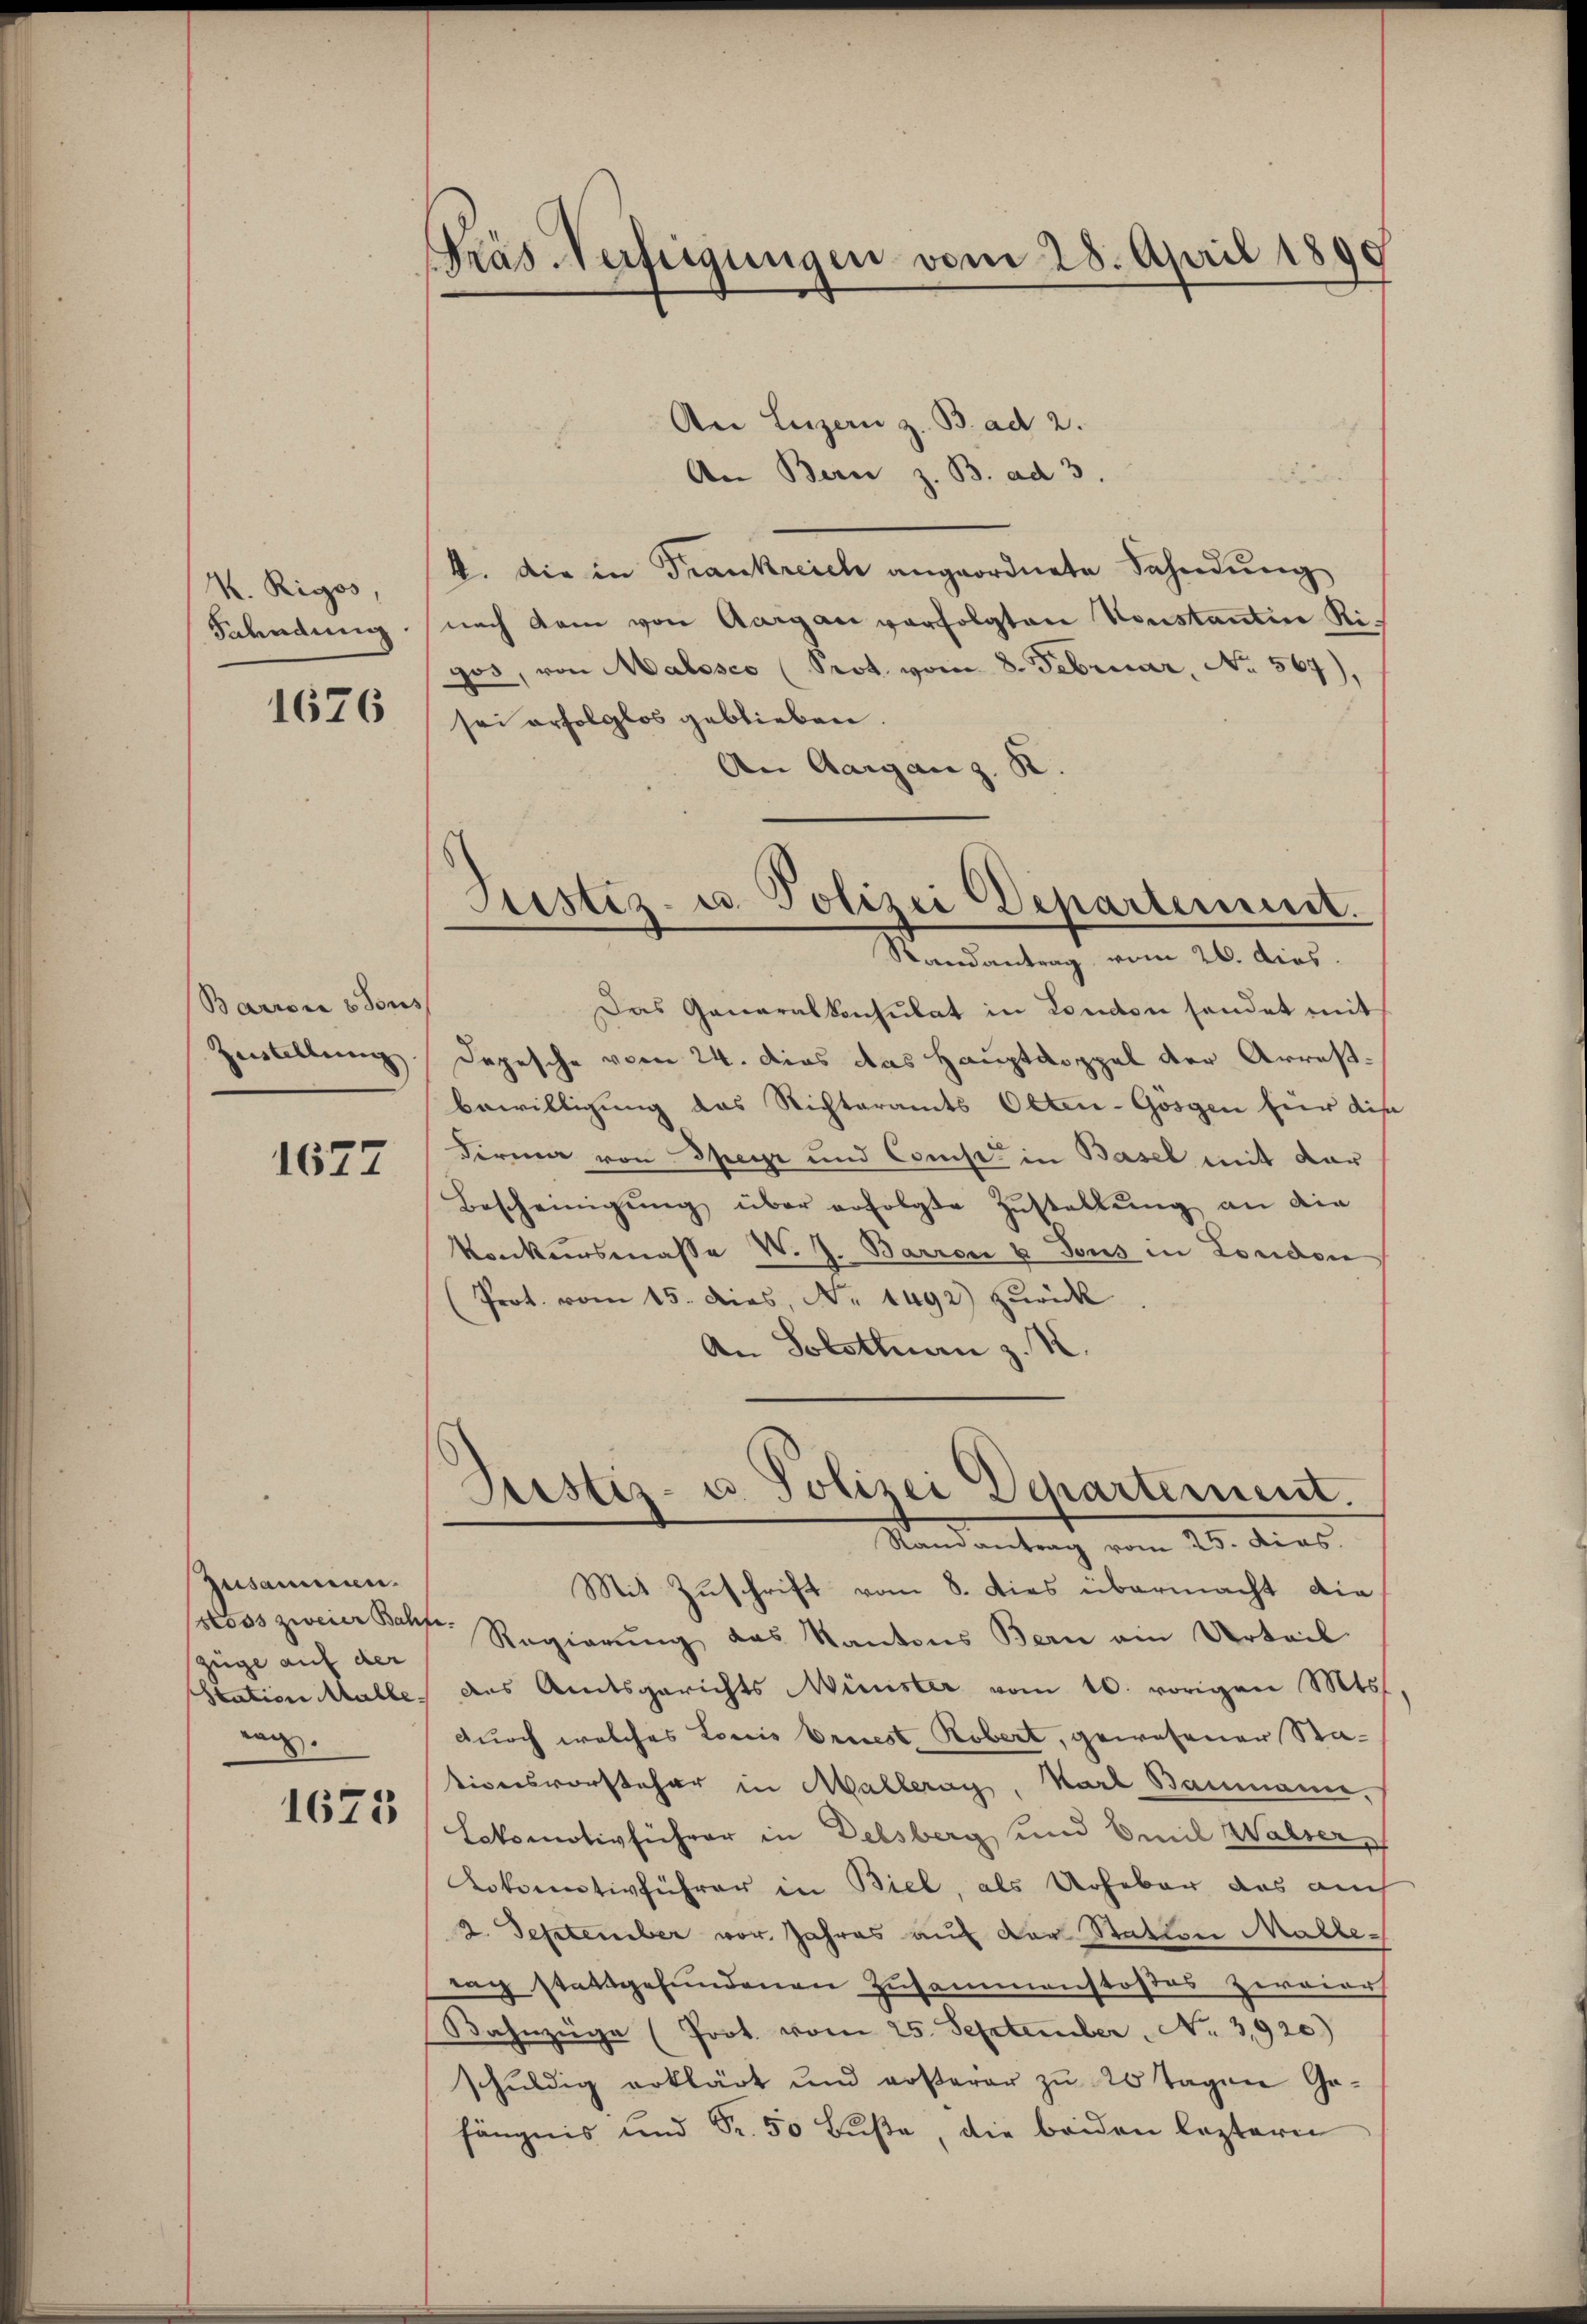
K. Rigos,
Fahndung.

1676

Barror 8 Tous
Zustellung

1627

Zusammen.
Züge auf der
rag.

1675

räs Verfügungen vom 28. April 1890

Justiz- u. Polizei Departement.
Randantrag vom 26. dies.

An Luzern z. B. ad 2.
An Bern z. B. ad 3.
4. die in Frankreich angeordnete Sahndung
nach dem von Aargau verfolgten Konstantin Rigos, von Malssco (Prot. vom 8. Februar, No. 567),
sei erfolglos geblieben.
An Aargau z. R.
Das Generalkonsulat in London sendet mit
Depesche vom 24. dies das Hauptdoppel der Arrestbewilligung das Nichteramts Olten-Gösgen hier dich
Firma von Speyr und Const in Basel mit der
Bescheinigŭng über erfolgte Zŭstellŭng an die
Konkursmasse v. J. Barrer u Tous in London
Prot. vom 15. dies, Nr. 1492) zurück
An Solothurn z. K.
Justiz- u. Polizei Departement.
Randantrag vom 25. dies
Mit Zuschrift vom 8. dies übermacht die
ubes zweier Bett. Regierŭng das Kantons Bern ain Urteil
Station Malle, das Amtsgerichts Minister vom 10. vorigen Mts.
durch welches Louis briest. Robert, gewesener Stationsvorsteher in Malleray, Karl Baumann,
Lokomotivführer in Delsberg und Emil Walser,
Lokomotivführer in Biel, als Urheber das auch
2. September vor Jahres auf der Statten Malledag stattgefundenen Zusammenstoßes Zerniers
Bahnzüge (Prot. vom 25. September No. 3920)
schŭldig erklärt und ersterer zu 20 Tagen Ge-
fängnis und Sr. 50 Buße, die beiden leztern